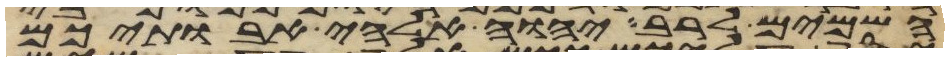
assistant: השמים לרב יהוה אלהי אבתיכם